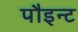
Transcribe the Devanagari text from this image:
पौइन्ट